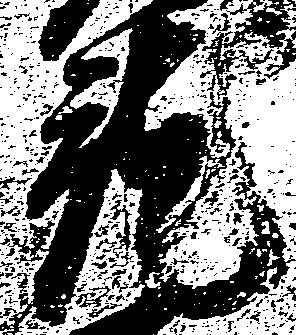
就